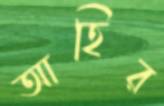
আহির